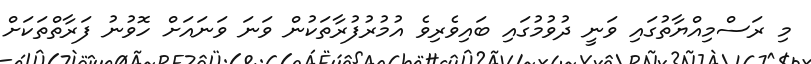
މި ރަސްމިއްޔާތުގައި ވަނީ ދުވުމުގައި ބައިވެރިވެ އުމުރުފުރާތަކުން ވަނަ ވަނައަށް ހޮވުނު ފަރާތްތަކަށް